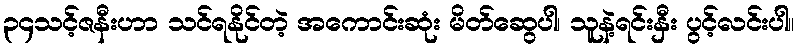
၃၄သင့်ဇနီးဟာ သင်ရနိုင်တဲ့ အကောင်းဆုံး မိတ်ဆွေပါ၊ သူနဲ့ရင်းနှီး ပွင့်လင်းပါ။